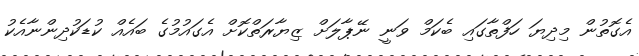
އެގޮތުން މިދިޔަ ހަފްތާގައި ބެކަމް ވަނީ ނޭޕާލަށް ޒިޔާރަތްކޮށް އެގައުމުގެ ބައެއް ކުޑަކުދިންނާއެކު